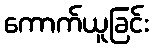
ကောက်ယူခြင်း